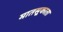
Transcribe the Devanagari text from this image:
मातसूकाता